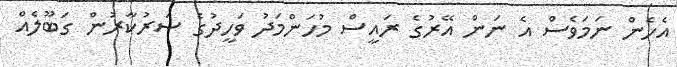
އެހެން ނަމަވެސް އެ ނަން އޭރުގެ ރައީސް މުހަންމަދު ވަހީދުގެ ސަރުކާރުން ގަބޫލެއް